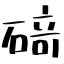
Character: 𥔎